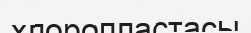
хлоропластасы